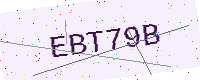
Text: EBT79B